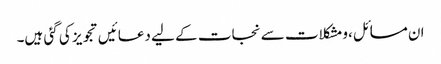
ان مسائل ،ومشکلات سے نجات کے لیے دعائیں تجویز کی گئی ہیں۔